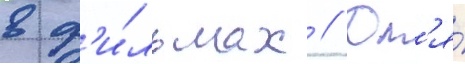
в ф'и́льмах // Дл'я́